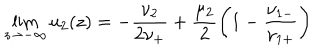
\lim _ { z \to - \infty } u _ { 2 } ( z ) = - \frac { \nu _ { 2 } } { 2 \nu _ { + } } + \frac { \mu _ { 2 } } { 2 } \left( 1 - \frac { \nu _ { 1 - } } { \nu _ { 1 + } } \right)